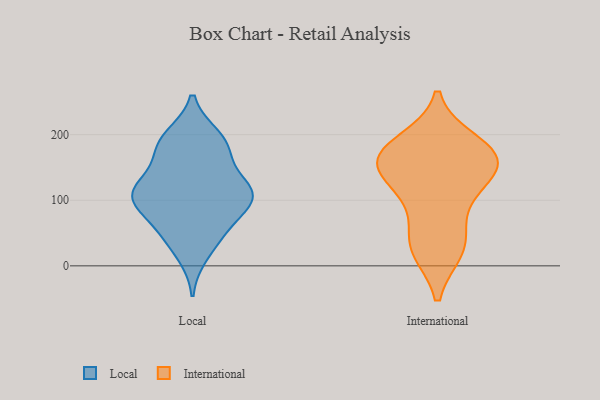
{"axis": {"x": "Conversion Rate (%)", "y": "Value"}, "legend": ["International", "Local"], "data": [{"x": "", "y": 105, "type": "Local"}, {"x": "", "y": 113, "type": "Local"}, {"x": "", "y": 124, "type": "Local"}, {"x": "", "y": 107, "type": "Local"}, {"x": "", "y": 113, "type": "Local"}, {"x": "", "y": 18, "type": "Local"}, {"x": "", "y": 54, "type": "Local"}, {"x": "", "y": 181, "type": "Local"}, {"x": "", "y": 184, "type": "Local"}, {"x": "", "y": 44, "type": "Local"}, {"x": "", "y": 94, "type": "Local"}, {"x": "", "y": 103, "type": "Local"}, {"x": "", "y": 196, "type": "Local"}, {"x": "", "y": 65, "type": "Local"}, {"x": "", "y": 161, "type": "Local"}, {"x": "", "y": 191, "type": "Local"}, {"x": "", "y": 112, "type": "Local"}, {"x": "", "y": 150, "type": "International"}, {"x": "", "y": 28, "type": "International"}, {"x": "", "y": 38, "type": "International"}, {"x": "", "y": 166, "type": "International"}, {"x": "", "y": 97, "type": "International"}, {"x": "", "y": 157, "type": "International"}, {"x": "", "y": 152, "type": "International"}, {"x": "", "y": 25, "type": "International"}, {"x": "", "y": 161, "type": "International"}, {"x": "", "y": 188, "type": "International"}, {"x": "", "y": 113, "type": "International"}, {"x": "", "y": 179, "type": "International"}]}